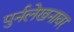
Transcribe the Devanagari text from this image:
पुर्नलेखनावर